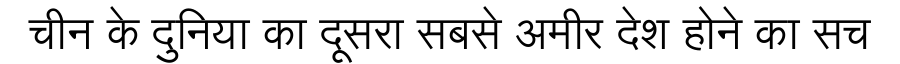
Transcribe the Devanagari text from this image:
चीन के दुनिया का दूसरा सबसे अमीर देश होने का सच